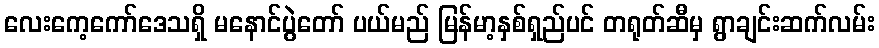
လေးကေ့ကော်ဒေသရှိ မနောင်ပွဲတော် ပယ်မည် မြန်မာ့နှစ်ရှည်ပင် တရုတ်ဆီမှ ရွာချင်းဆက်လမ်း